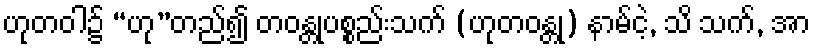
ဟုတဝါ၌ “ဟု”တည်၍ တဝန္တုပစ္စည်းသက် (ဟုတဝန္တု) နာမ်ငဲ့, သိ သက်, အာ